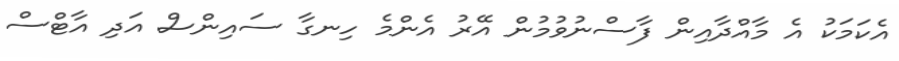
އެކަމަކު އެ މާއްދާއިން ފާސްނުވުމުން އޭރު އެންމެ ހިނގާ ސައިންސް އަދި އާޓްސް